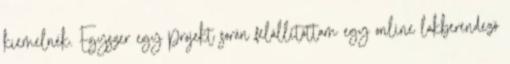
kiemelnék. Egyszer egy projekt során felállítottam egy online lakberendezõ